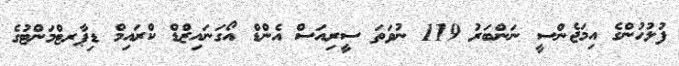
ފުލުހުންގެ އިމަޖެންސީ ނަންބަރު 119 ނުވަތަ ސީރިއަސް އެންޑް އޯގަނައިޒްޑް ކްރައިމް ޑިޕާރޓްމަންޓުގެ